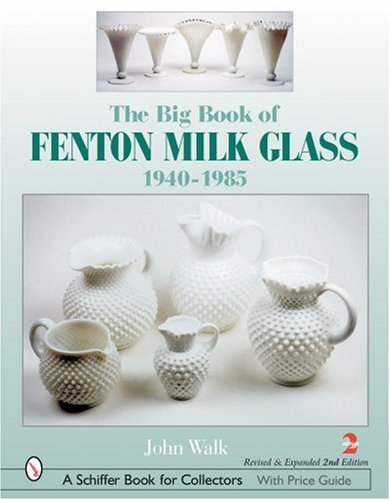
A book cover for The Big Book of Fenton Milk Glass 1940-1985; John Walk; Crafts, Hobbies & Home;